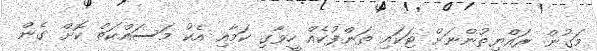
މަގުން ރައްޔިތުންނަށް ޓަކައި ތަންފުކެއް ހީވާގި ކަމާއި އެކު މަސައްކަތް ކޮށް ގެން